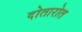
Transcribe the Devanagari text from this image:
दोतारोत